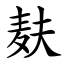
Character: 麸